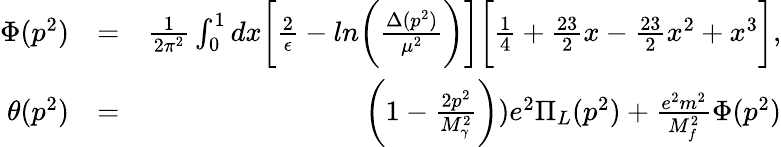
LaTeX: \begin{array}{rlr}{\Phi(p^{2})}&{=}&{\frac{1}{2\pi^{2}}\int_{0}^{1}dx\biggl[\frac{2}{\epsilon}-ln\biggl(\frac{\Delta(p^{2})}{\mu^{2}}\biggr)\biggr]\biggl[\frac{1}{4}+\frac{23}{2}x-\frac{23}{2}x^{2}+x^{3}\biggr],}\\ {\theta(p^{2})}&{=}&{\biggl(1-\frac{2p^{2}}{M_{\gamma}^{2}}\biggr))e^{2}\Pi_{L}(p^{2})+\frac{e^{2}m^{2}}{M_{f}^{2}}\Phi(p^{2})}\end{array}